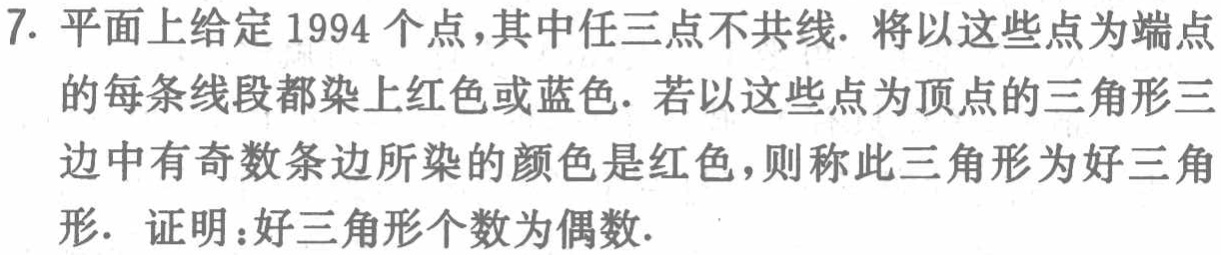
7. 平面上给定 \(1994\) 个点，其中任三点不共线. 将以这些点为端点的每条线段都染上红色或蓝色. 若以这些点为顶点的三角形三边中有奇数条边所染的颜色是红色，则称此三角形为好三角形. 证明：好三角形个数为偶数.